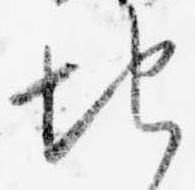
地